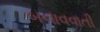
બનાવવાતી